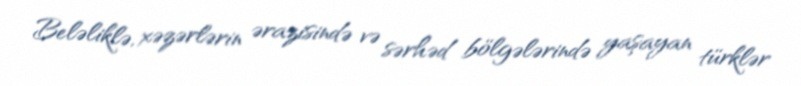
Beləliklə, xəzərlərin ərazisində və sərhəd bölgələrində yaşayan türklər